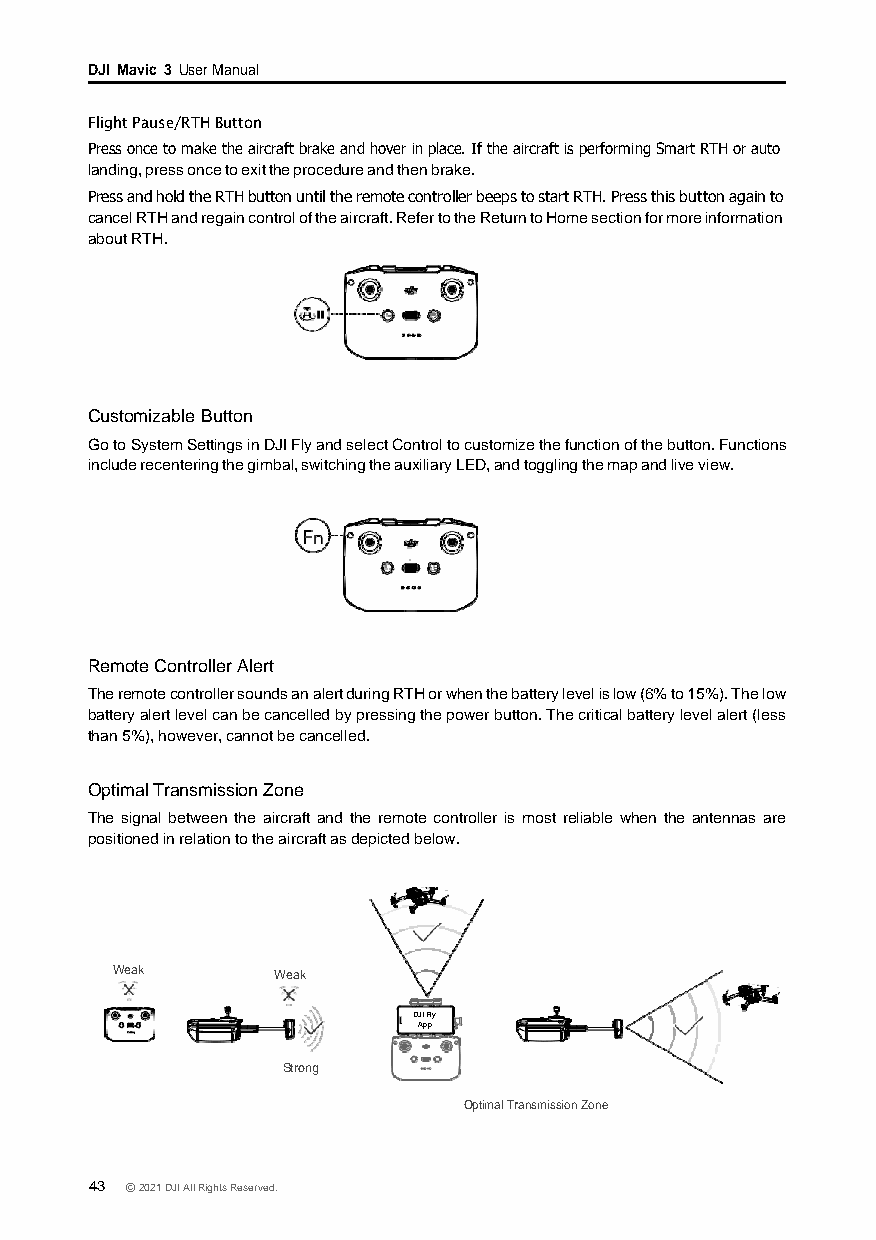
DJI Mavic 3 User Manual
 Flight Pause/RTH Button
 Press once to make the aircraft brake and hover in place. If the aircraft is performing Smart RTH or auto
 landing, press once to exit the procedure and then brake.
 Press and hold the RTH button until the remote controller beeps to start RTH. Press this button again to
 cancel RTH and regain control of the aircraft. Refer to the Return to Home section for more information
 about RTH.
 Customizable Button
 Go to System Settings in DJI Fly and select Control to customize the function of the button. Functions
 include recentering the gimbal, switching the auxiliary LED, and toggling the map and live view.
 Remote Controller Alert
 The remote controller sounds an alert during RTH or when the battery level is low (6% to 15%). The low
 battery alert level can be cancelled by pressing the power button. The critical battery level alert (less
 than 5%), however, cannot be cancelled.
 Optimal Transmission Zone
 The signal between the aircraft and the remote controller is most reliable when the antennas are
 positioned in relation to the aircraft as depicted below.
 Weak       Weak
 DJI Fly
 App
 Strong
 Optimal Transmission Zone
 43 © 2021 DJI All Rights Reserved.